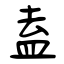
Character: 盍